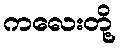
ကလေးတို့